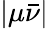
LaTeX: \lvert\mu\bar{\nu}\rvert